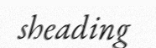
sheading